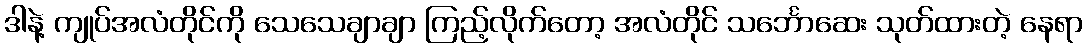
ဒါနဲ့ ကျုပ်အလံတိုင်ကို သေသေချာချာ ကြည့်လိုက်တော့ အလံတိုင် သင်္ဘောဆေး သုတ်ထားတဲ့ နေရာ